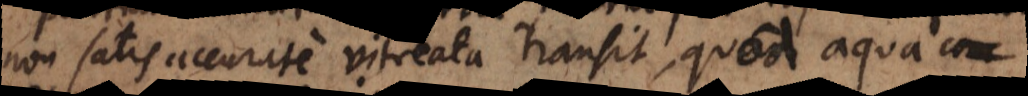
non satis accurate vitreata transit, quod aqua